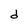
Character: d